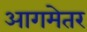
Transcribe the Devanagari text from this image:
आगमेतर